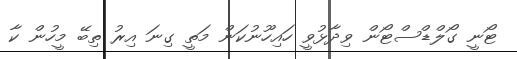
ޓޯނީ ގޯލްޑްސްޓޯން ވިދާޅުވީ ހައިހޫނުކަން މަތީ ގިނަ އިރު ތިބޭ މީހުން ކާ